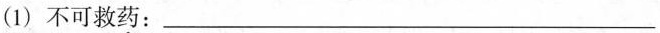
(1)不可救药：____